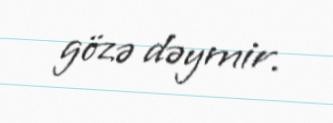
gözə dəymir.